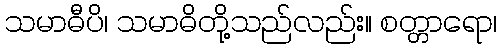
သမာဓီပိ၊ သမာဓိတို့သည်လည်း။ စတ္တာရော၊